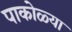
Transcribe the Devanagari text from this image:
पाकोळ्या